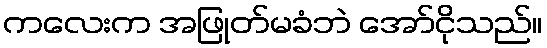
ကလေးက အဖြုတ်မခံဘဲ အော်ငိုသည်။